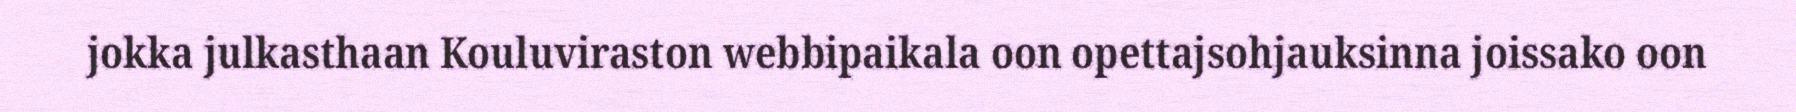
jokka julkasthaan Kouluviraston webbipaikala oon opettajsohjauksinna joissako oon